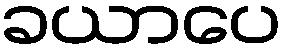
ခယာပေ